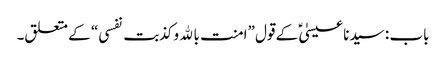
باب : سیدنا عیسیٰؑ کے قول ”امنت بالله وکذبت نفسی“ کے متعلق۔